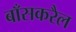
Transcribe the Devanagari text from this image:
बाँसकरैल